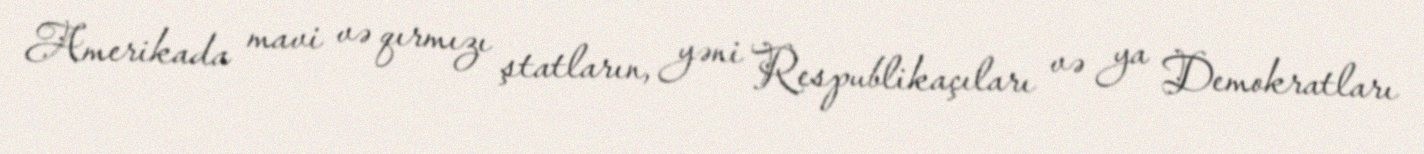
Amerikada mavi və qırmızı ştatların, yəni Respublikaçıları və ya Demokratları